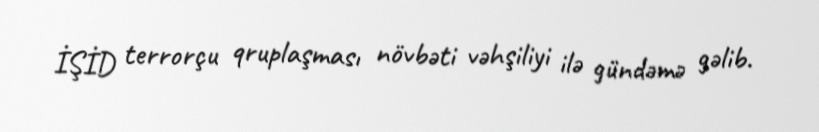
İŞİD terrorçu qruplaşması növbəti vəhşiliyi ilə gündəmə gəlib.